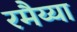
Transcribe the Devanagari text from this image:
रमैय्या